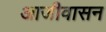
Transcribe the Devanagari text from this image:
आजीवासन